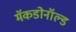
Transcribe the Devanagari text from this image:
मॅकडोनॉल्ड